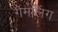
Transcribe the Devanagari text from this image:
गेमलिंग